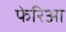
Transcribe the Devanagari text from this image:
फेरिआ